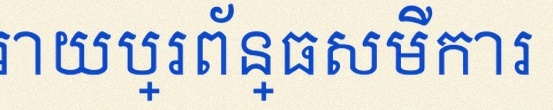
ដោះស្រាយប្រព័ន្ធសមីការ